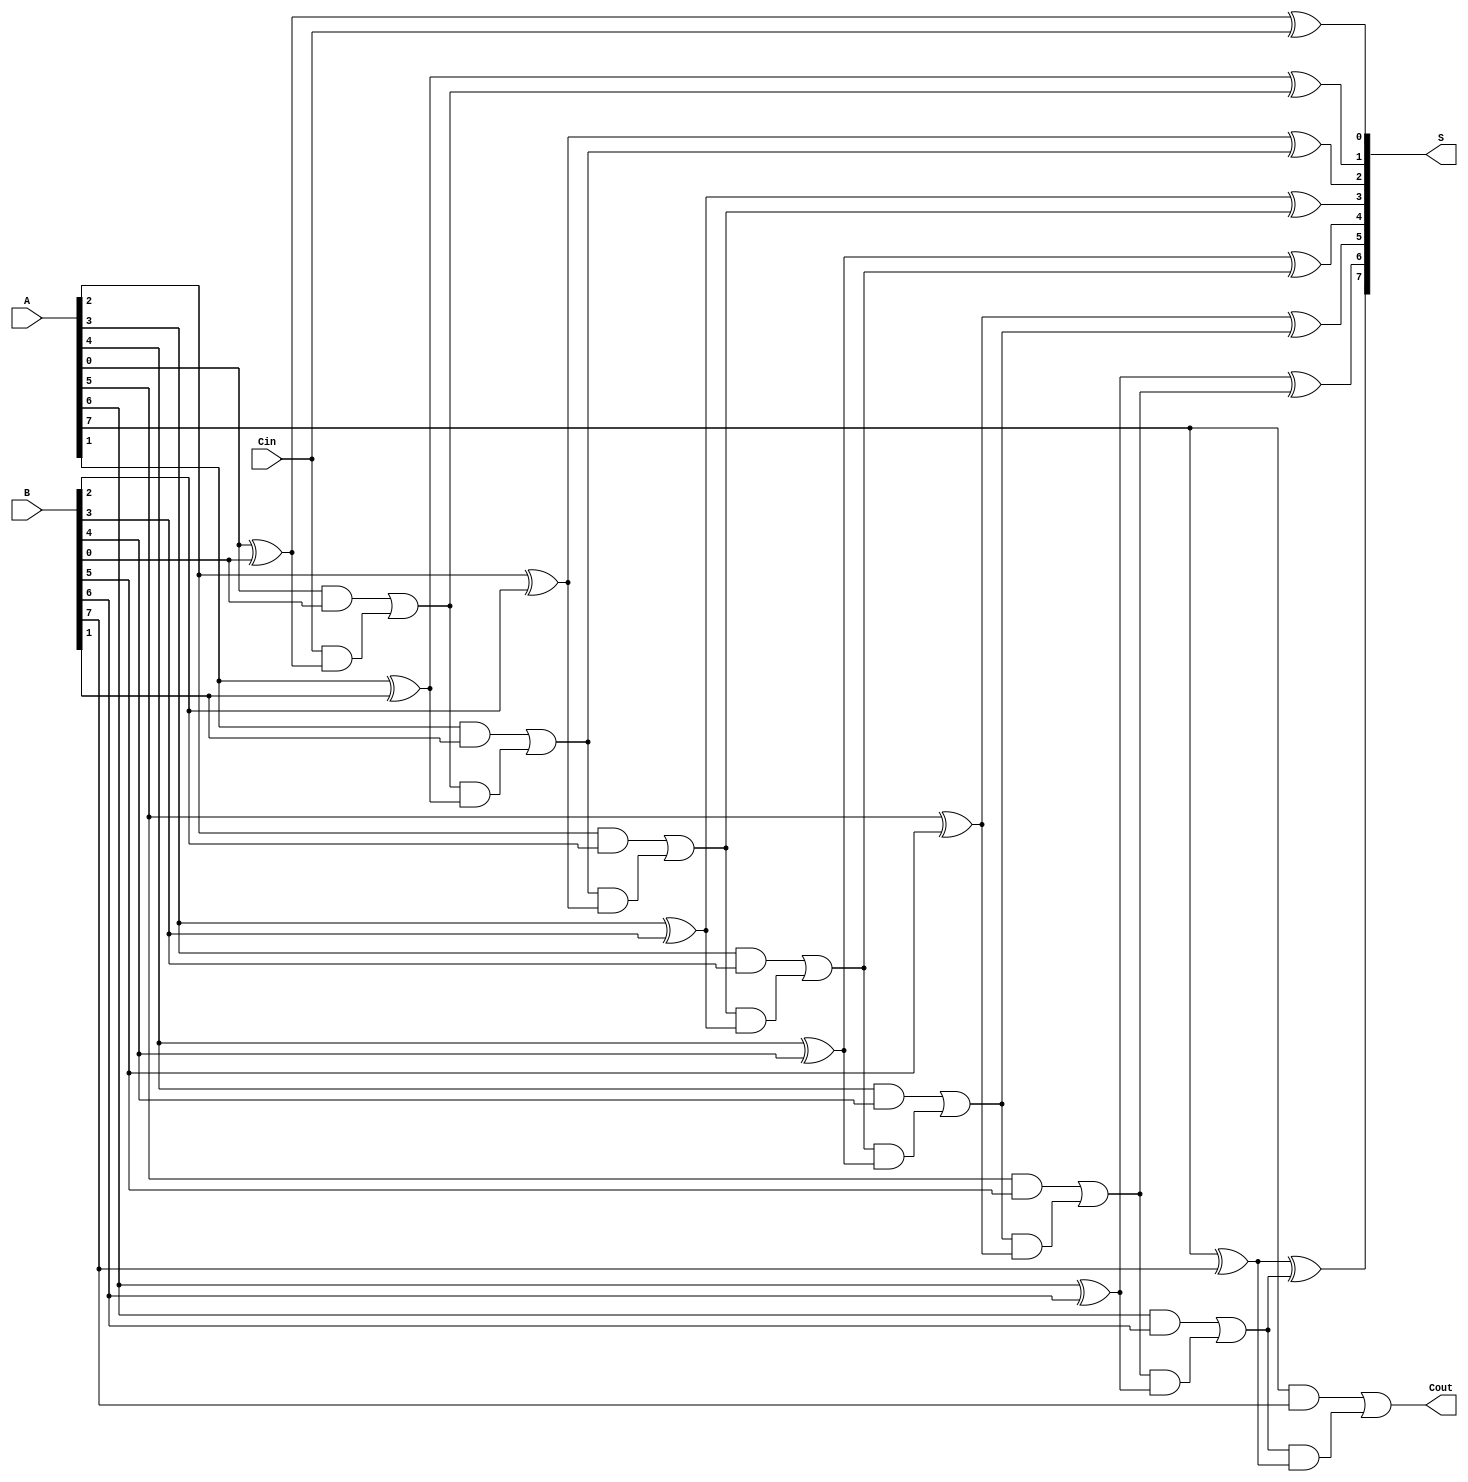
module LingAdder #(
    parameter N = 8  // Define the bit-width of the adder
)(
    input  [N-1:0] A,   // Input A
    input  [N-1:0] B,   // Input B
    input          Cin,  // Carry-in
    output [N-1:0] S,   // Sum output
    output         Cout   // Carry-out
);

    wire [N:0] C; // Carry signals, C[0] = Cin

    // Generate carry signals
    assign C[0] = Cin; // First carry input

    genvar i;
    generate
        for (i = 0; i < N; i = i + 1) begin: adder
            // Sum bit calculation
            assign S[i] = A[i] ^ B[i] ^ C[i];

            // Carry bit calculation
            assign C[i + 1] = (A[i] & B[i]) | (C[i] & (A[i] ^ B[i]));
        end
    endgenerate

    // Final carry-out is the last carry bit
    assign Cout = C[N];

endmodule